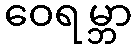
ဝေရမ္ဘာ